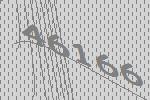
46166